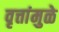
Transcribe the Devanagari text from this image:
वृत्तांमुळे